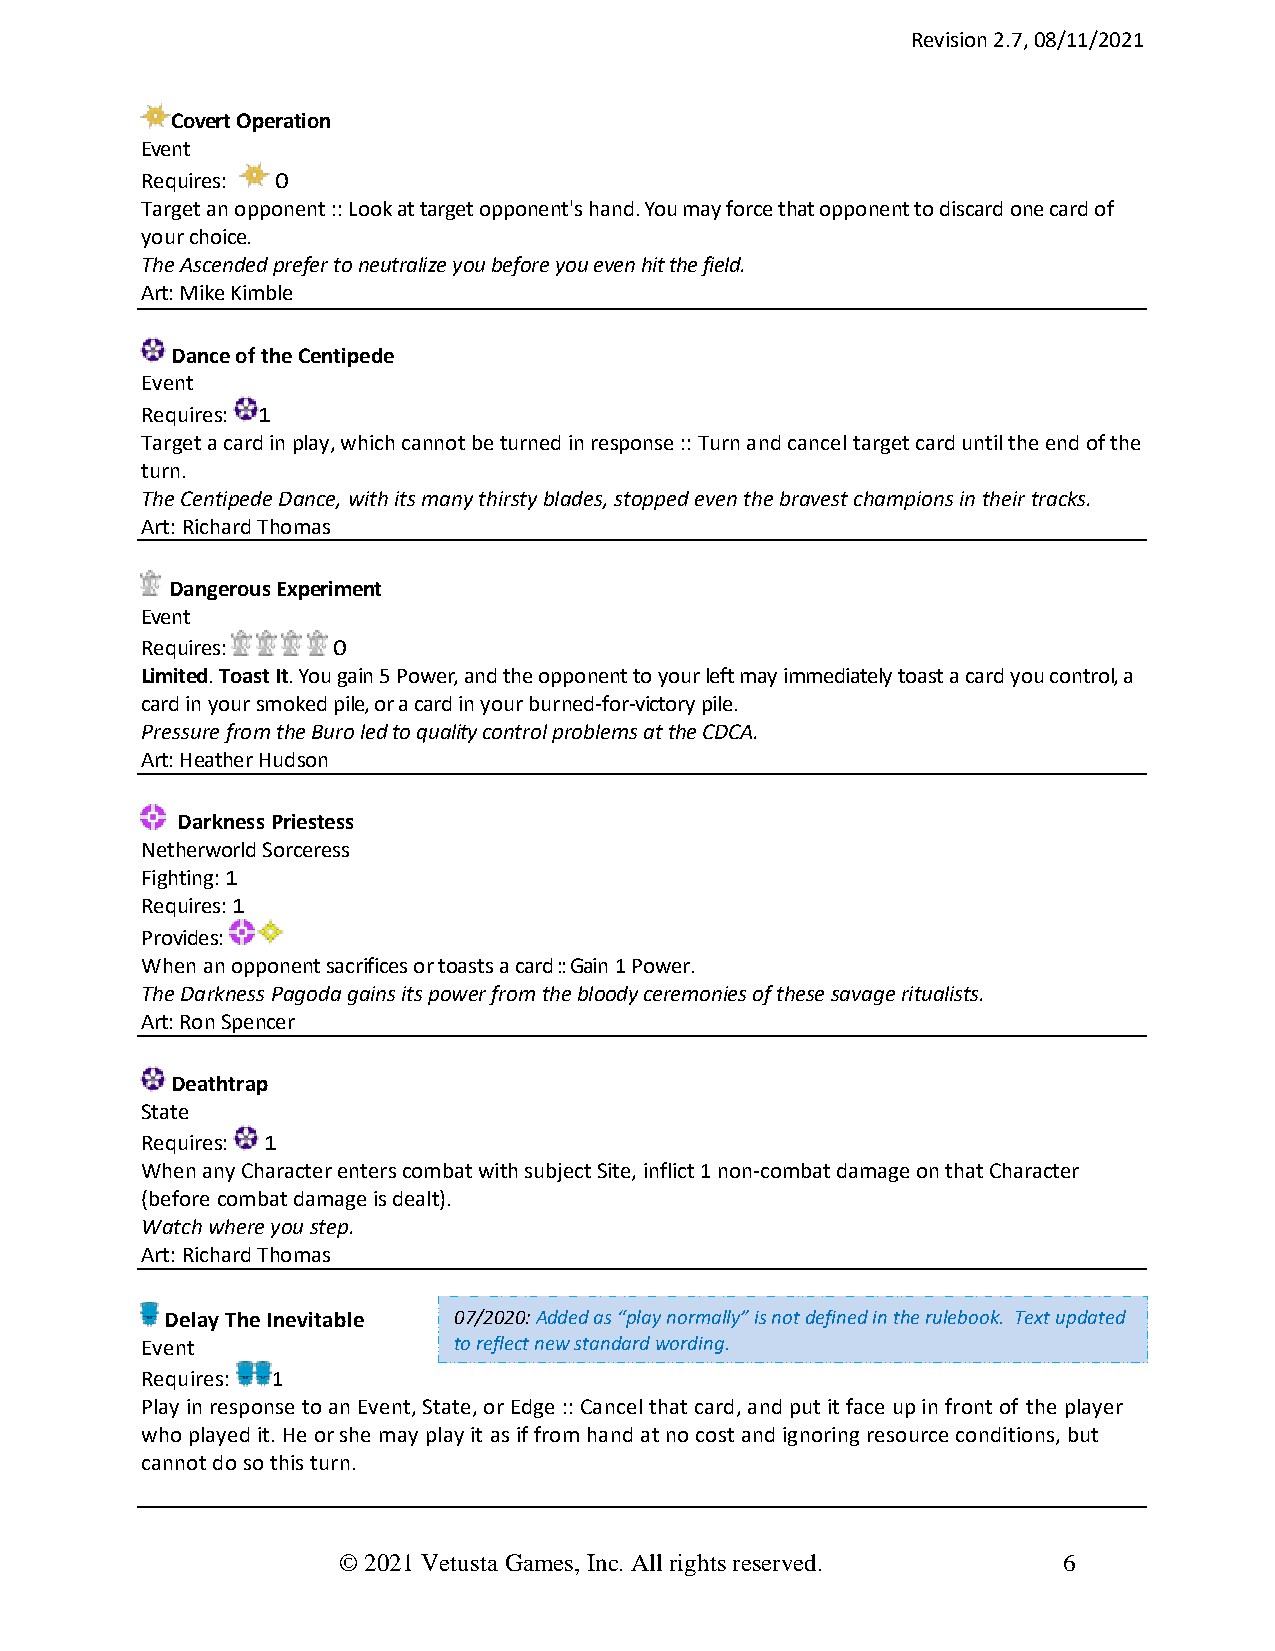
Revision 2.7, 08/11/2021
 Covert Operation
 Event
 Requires: 0
 Target an opponent :: Look at target opponent's hand. You may force that opponent to discard one card of
 your choice.
 The Ascended prefer to neutralize you before you even hit the field.
 Art: Mike Kimble
 Dance of the Centipede
 Event
 Requires: 1
 Target a card in play, which cannot be turned in response :: Turn and cancel target card until the end of the
 turn.
 The Centipede Dance, with its many thirsty blades, stopped even the bravest champions in their tracks.
 Art: Richard Thomas
 Dangerous Experiment
 Event
 Requires:    0
 Limited. Toast It. You gain 5 Power, and the opponent to your left may immediately toast a card you control, a
 card in your smoked pile, or a card in your burned-for-victory pile.
 Pressure from the Buro led to quality control problems at the CDCA.
 Art: Heather Hudson
 Darkness Priestess
 Netherworld Sorceress
 Fighting: 1
 Requires: 1
 Provides:
 When an opponent sacrifices or toasts a card :: Gain 1 Power.
 The Darkness Pagoda gains its power from the bloody ceremonies of these savage ritualists.
 Art: Ron Spencer
 Deathtrap
 State
 Requires: 1
 When any Character enters combat with subject Site, inflict 1 non-combat damage on that Character
 (before combat damage is dealt).
 Watch where you step.
 Art: Richard Thomas
 Delay The Inevitable 07/2020: Added as “play normally” is not defined in the rulebook. Text updated
 Event                to reflect new standard wording.
 Requires: 1
 Play in response to an Event, State, or Edge :: Cancel that card, and put it face up in front of the player
 who played it. He or she may play it as if from hand at no cost and ignoring resource conditions, but
 cannot do so this turn.
 © 2021 Vetusta Games, Inc. All rights reserved. 6